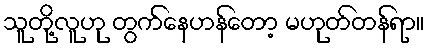
သူတို့လူဟု တွက်နေဟန်တော့ မဟုတ်တန်ရာ။